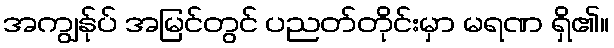
အကျွန်ုပ် အမြင်တွင် ပညတ်တိုင်းမှာ မရဏ ရှိ၏။